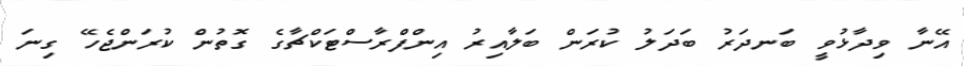
އޭނާ ވިދާޅުވީ ބަނދަރު ބަދަލު ކުރަން ބަލާއިރު އިންފްރާސްޓަކްޗާގެ ގޮތުން ކުރަންޖެހޭ ގިނަ